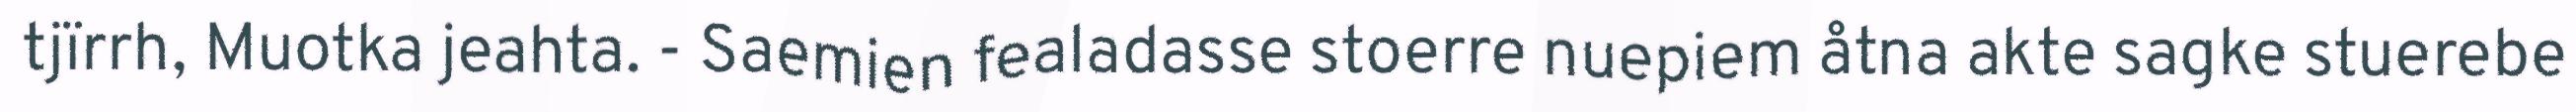
tjïrrh, Muotka jeahta. - Saemien fealadasse stoerre nuepiem åtna akte sagke stuerebe